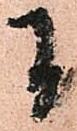
間